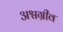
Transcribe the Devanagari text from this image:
अश्वग्रीव